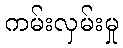
ကမ်းလှမ်းမှု